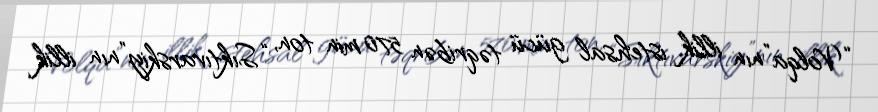
“Volqa”nın illik istehsal gücü təqribən 570 min ton, “Sıktıvarskiy”nın illik